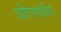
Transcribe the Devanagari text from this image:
धोरणाचीच